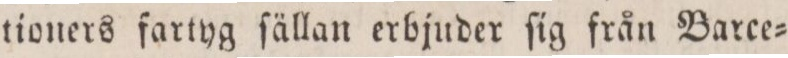
tioners fartyg ſällan erbjuder ſig från Barce=